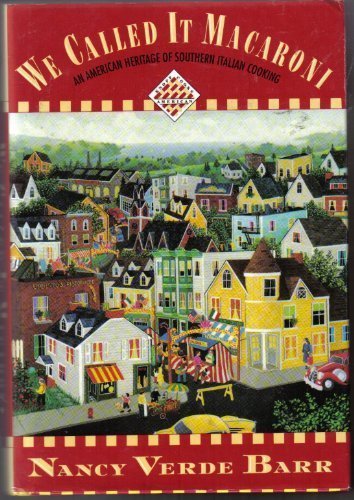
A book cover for We Called It Macaroni: An American Heritage of Southern Italian Cooking (The Knopf Cooks American Series, No. 4); Nancy Verde Barr; Cookbooks, Food & Wine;